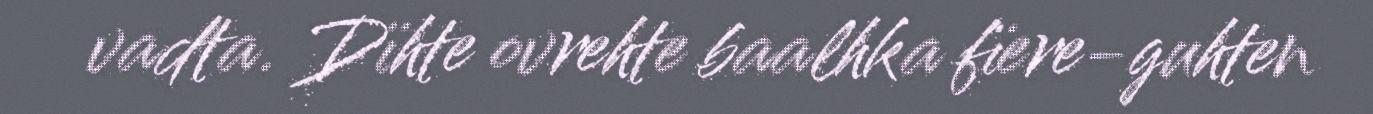
vadta. Dïhte ovrehte baalhka fïere-guhten